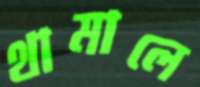
থামালে